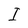
Character: I